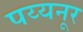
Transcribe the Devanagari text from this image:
पय्यनूर